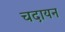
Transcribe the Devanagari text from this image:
चदायन